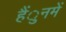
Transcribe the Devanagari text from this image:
हैंुनमें